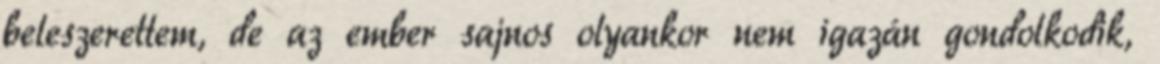
beleszerettem, de az ember sajnos olyankor nem igazán gondolkodik,